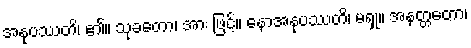
အနုပဿတိ၊ ၏။ သုခတော၊ အား ဖြင့်။ နောအနုပဿတိ၊ မရှု။ အနတ္တတော၊